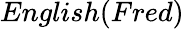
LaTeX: English(Fred)